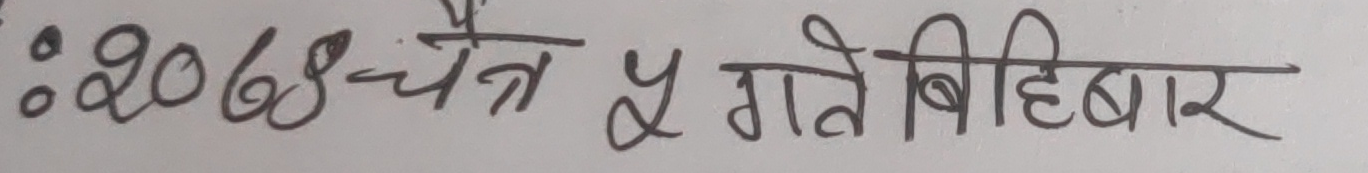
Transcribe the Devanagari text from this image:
:२०७४-चैत्र ५ गते बिहीबार